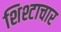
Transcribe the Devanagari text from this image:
शिश्टाचार